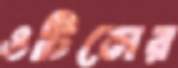
ওটিসের